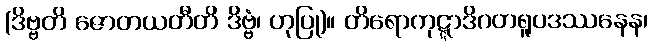
(ဒိဗ္ဗတိ ဇောတယတီတိ ဒိဗ္ဗံ၊ ဟုပြု)။ တိရောကုဋ္ဋာဒိဂတရူပဒဿနေန၊